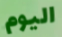
اليوم